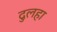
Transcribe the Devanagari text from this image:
दुलहा